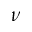
\nu